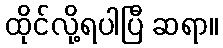
ထိုင်လို့ရပါပြီ ဆရာ။